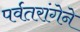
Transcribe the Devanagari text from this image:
पर्वतरांगेने